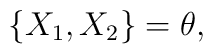
\big\{X_{1}, X_{2}\big\}=\theta,